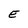
Character: E